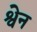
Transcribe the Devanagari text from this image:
श्वेन